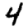
Digit: 4